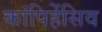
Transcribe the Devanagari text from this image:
कांपिहेंसिव